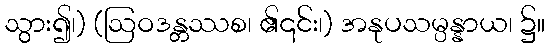
သွား၍၊) (ဩဝဒန္တဿစ၊ ၏၎င်း၊) အနုပသမ္ပန္နာယ၊ ၌။